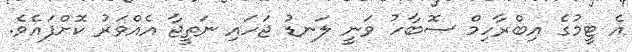
އެ ޓީމުގެ އިބްރާހިމް ސޮބާހު ވަނީ ލަނޑު ޖަހައި ނަތީޖާ އެއްވަރު ކޮށްފައެވެ.